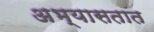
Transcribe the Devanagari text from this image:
अभ्यासतात